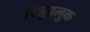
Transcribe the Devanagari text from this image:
रिजुपलुक